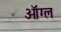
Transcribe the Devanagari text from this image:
ऑग्ल